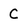
Character: C